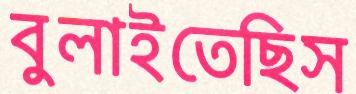
বুলাইতেছিস